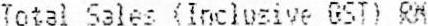
TOTAL SALES (INCLUSIVE GST) RM